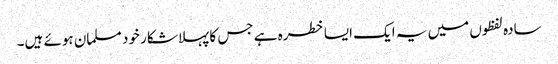
سادہ لفظوں میں یہ ایک ایسا خطرہ ہے جس کا پہلا شکار خود مسلمان ہوئے ہیں۔